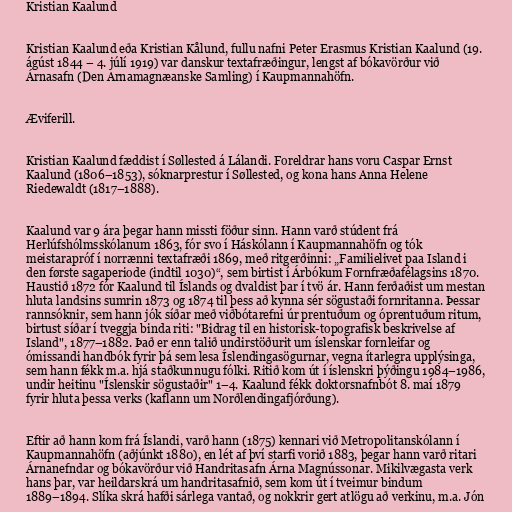
Kristian Kaalund

Kristian Kaalund eða Kristian Kålund, fullu nafni Peter Erasmus Kristian Kaalund (19.
ágúst 1844 – 4. júlí 1919) var danskur textafræðingur, lengst af bókavörður við
Árnasafn (Den Arnamagnæanske Samling) í Kaupmannahöfn.

Æviferill.

Kristian Kaalund fæddist í Søllested á Lálandi. Foreldrar hans voru Caspar Ernst
Kaalund (1806–1853), sóknarprestur í Søllested, og kona hans Anna Helene
Riedewaldt (1817–1888).

Kaalund var 9 ára þegar hann missti föður sinn. Hann varð stúdent frá
Herlúfshólmsskólanum 1863, fór svo í Háskólann í Kaupmannahöfn og tók
meistarapróf í norrænni textafræði 1869, með ritgerðinni: „Familielivet paa Island i
den første sagaperiode (indtil 1030)“, sem birtist í Árbókum Fornfræðafélagsins 1870.
Haustið 1872 fór Kaalund til Íslands og dvaldist þar í tvö ár. Hann ferðaðist um mestan
hluta landsins sumrin 1873 og 1874 til þess að kynna sér sögustaði fornritanna. Þessar
rannsóknir, sem hann jók síðar með viðbótarefni úr prentuðum og óprentuðum ritum,
birtust síðar í tveggja binda riti: "Bidrag til en historisk-topografisk beskrivelse af
Island", 1877–1882. Það er enn talið undirstöðurit um íslenskar fornleifar og
ómissandi handbók fyrir þá sem lesa Íslendingasögurnar, vegna ítarlegra upplýsinga,
sem hann fékk m.a. hjá staðkunnugu fólki. Ritið kom út í íslenskri þýðingu 1984–1986,
undir heitinu "Íslenskir sögustaðir" 1–4. Kaalund fékk doktorsnafnbót 8. maí 1879
fyrir hluta þessa verks (kaflann um Norðlendingafjórðung).

Eftir að hann kom frá Íslandi, varð hann (1875) kennari við Metropolitanskólann í
Kaupmannahöfn (aðjúnkt 1880), en lét af því starfi vorið 1883, þegar hann varð ritari
Árnanefndar og bókavörður við Handritasafn Árna Magnússonar. Mikilvægasta verk
hans þar, var heildarskrá um handritasafnið, sem kom út í tveimur bindum
1889–1894. Slíka skrá hafði sárlega vantað, og nokkrir gert atlögu að verkinu, m.a. Jón